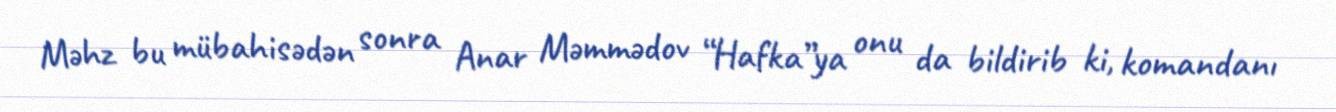
Məhz bu mübahisədən sonra Anar Məmmədov “Hafka”ya onu da bildirib ki, komandanı